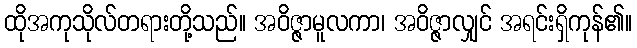
ထိုအကုသိုလ်တရားတို့သည်။ အဝိဇ္ဇာမူလကာ၊ အဝိဇ္ဇာလျှင် အရင်းရှိကုန်၏။